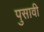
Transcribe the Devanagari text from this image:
पुसावी